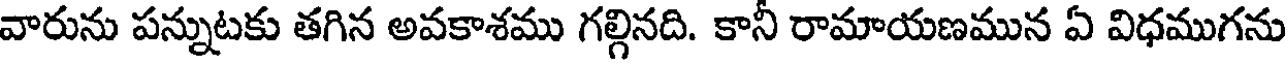
వారును పన్నుటకు తగిన అవకాశము గల్గినది. కానీ రామాయణమున ఏ విధముగను